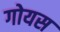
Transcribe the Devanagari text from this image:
गोयस